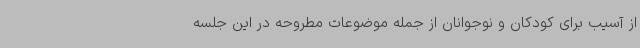
از آسیب برای کودکان و نوجوانان از جمله موضوعات مطروحه در این جلسه